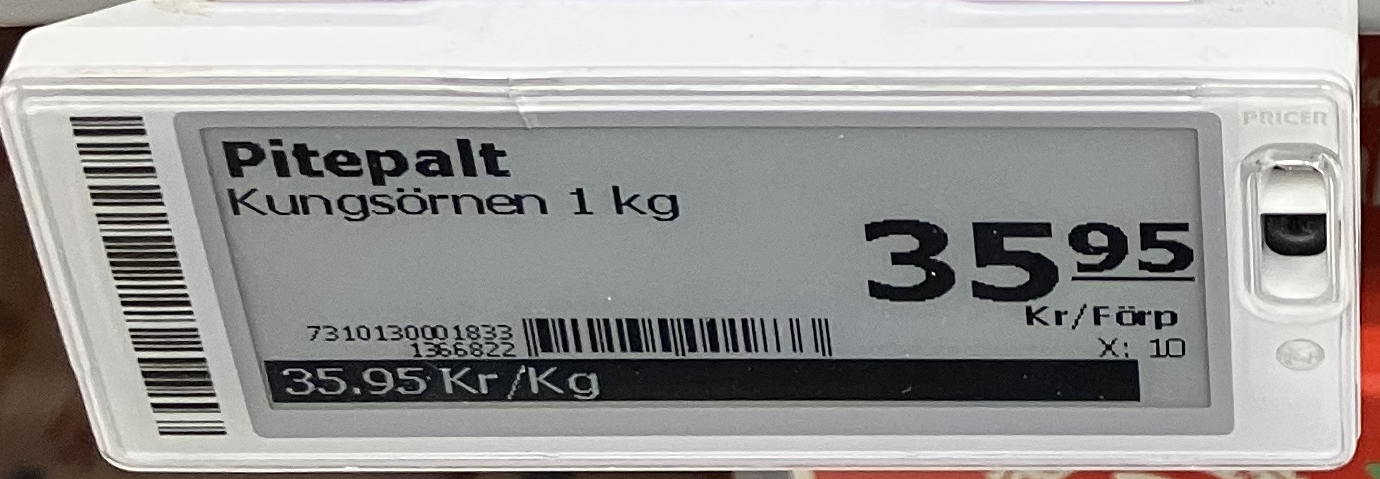
Vara: Pitepalt
Genomsnittspris: 35.95 per kg